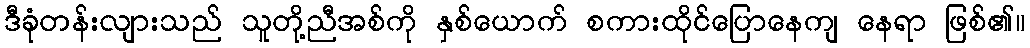
ဒီခုံတန်းလျားသည် သူတို့ညီအစ်ကို နှစ်ယောက် စကားထိုင်ပြောနေကျ နေရာ ဖြစ်၏။